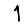
Digit: 1